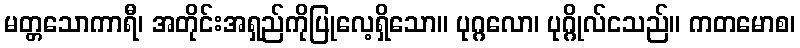
မတ္တသောကာရီ၊ အတိုင်းအရှည်ကိုပြုလေ့ရှိသော။ ပုဂ္ဂလော၊ ပုဂ္ဂိုလ်ငသည်။ ကတမောစ၊